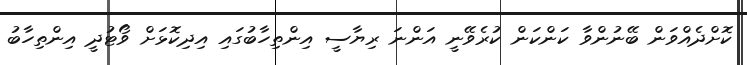
ކޮށްދެއްވަން ބޭނުންވާ ކަންކަން ކުރެވޭނީ އަންނަ ރިޔާސީ އިންތިހާބުގައި އިދިކޮޅަށް ވޯޓުދީ އިންތިހާބު